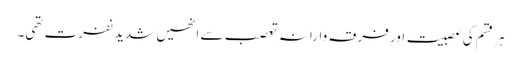
ہر قسم کی عصبیت اور فرقہ وارانہ تعصب سے انھیں شدید نفرت تھی۔